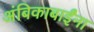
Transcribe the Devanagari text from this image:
अंबिकाबाईंना